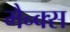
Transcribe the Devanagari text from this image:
मैन्क्स